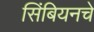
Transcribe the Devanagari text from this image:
सिंबियनचे